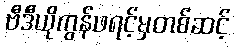
ဗီဒီယိုကွန်ဖရင့်မှတစ်ဆင့်